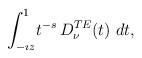
LaTeX: \begin{align*} \displaystyle{\int_{- \imath z}^{1}} t^{-s}\, \displaystyle{D_{\nu}^{TE}(t)} \ dt,\end{align*}